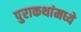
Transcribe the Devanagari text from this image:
पुराकथांमध्ये